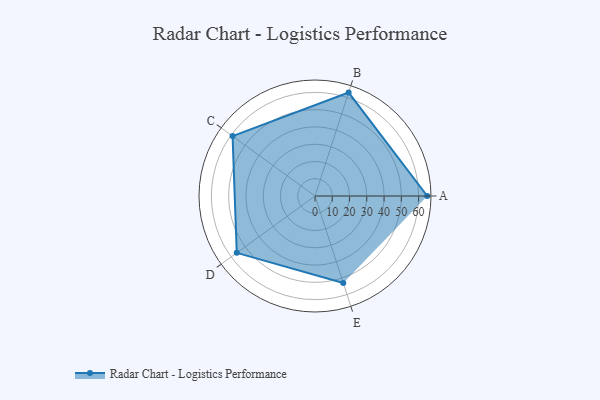
{"axis": {"x": "Skill", "y": "Score"}, "legend": ["Profile"], "data": [{"x": "A", "y": 65.0, "type": "Profile"}, {"x": "B", "y": 63.0, "type": "Profile"}, {"x": "C", "y": 59.0, "type": "Profile"}, {"x": "D", "y": 56.0, "type": "Profile"}, {"x": "E", "y": 53.0, "type": "Profile"}]}